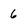
Character: 6